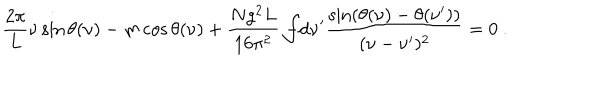
\frac { 2 \pi } { L } \nu \sin \theta ( \nu ) - m \cos \theta ( \nu ) + \frac { N g ^ { 2 } L } { 1 6 \pi ^ { 2 } } \int \! \! \! \! \! \! - \mathrm { d } \nu ^ { \prime } \frac { \sin ( \theta ( \nu ) - \theta ( \nu ^ { \prime } ) ) } { ( \nu - \nu ^ { \prime } ) ^ { 2 } } = 0 \ .